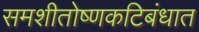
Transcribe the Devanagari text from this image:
समशीतोष्णकटिबंधात